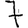
Digit: 7